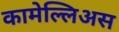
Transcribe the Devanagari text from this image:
कामेल्लिअस